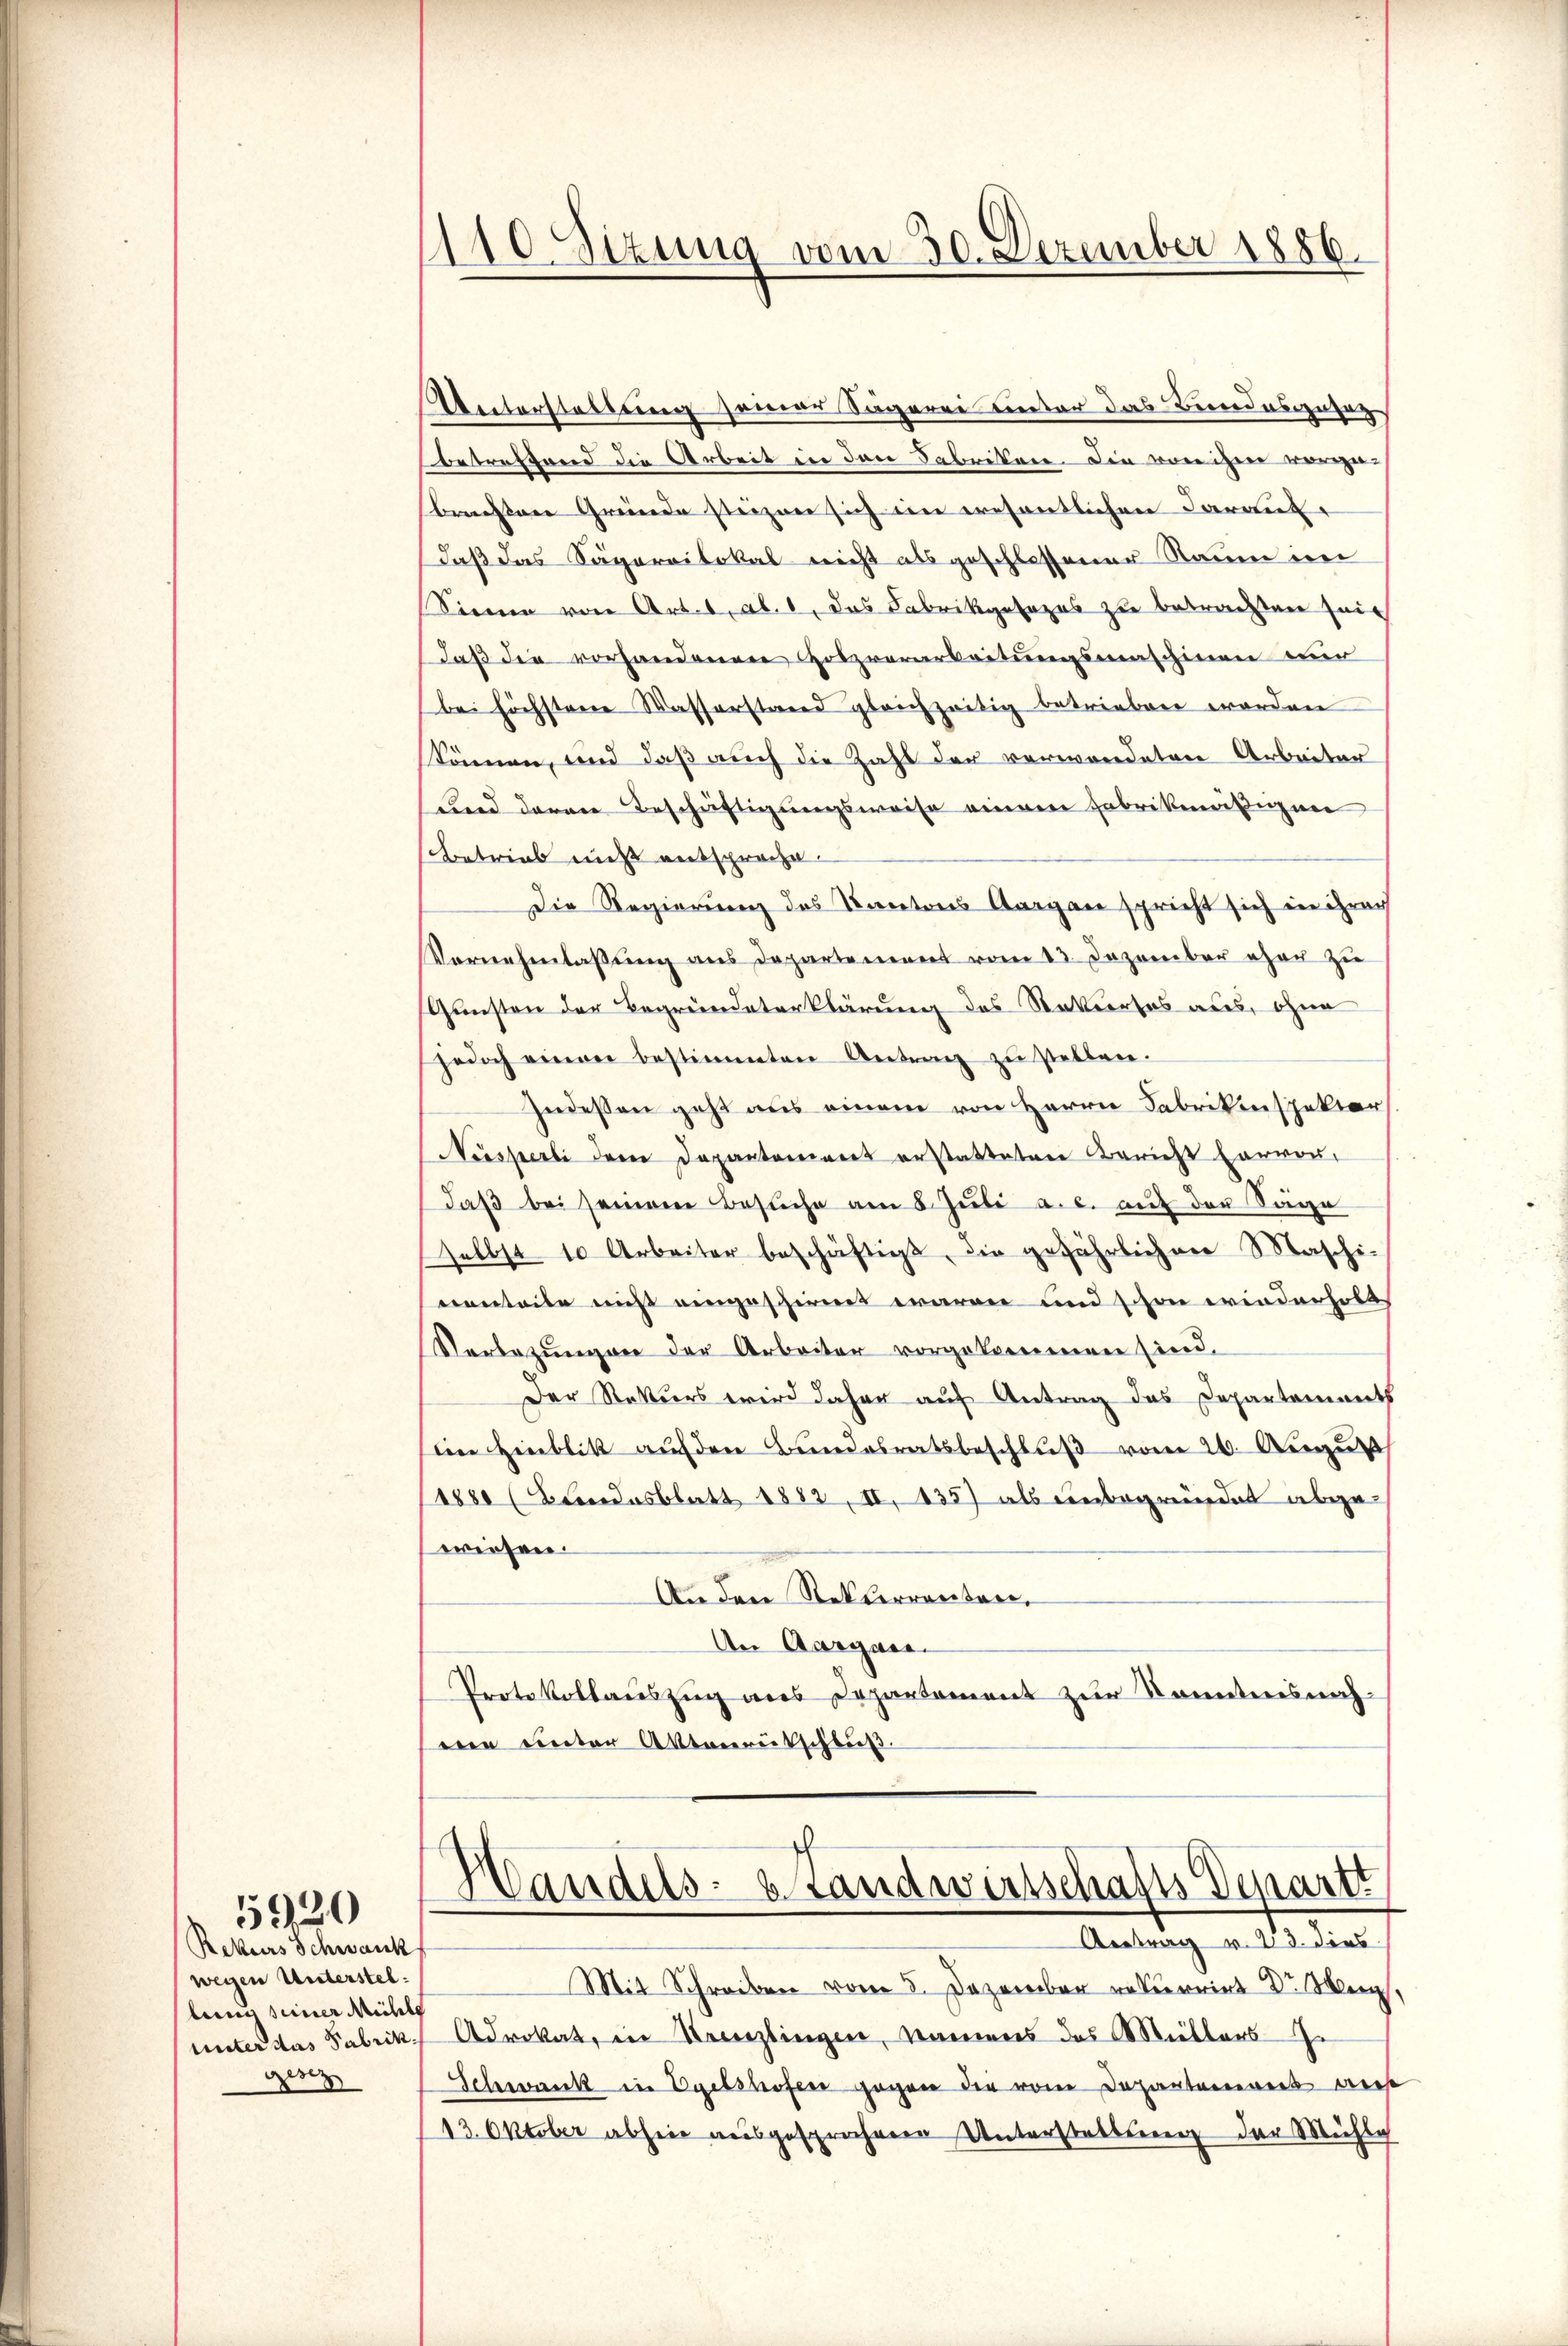
Rekurs Schwank
wegen Unterstel
lung seiner Mühle
unter das Fabrikgesz

5920

110. Sizung vom 30. Dezember 1886.

Unterstellung seiner Sägerei einter das Bundesgeset
betreffend die Arbeit in den Fabriken. Die voreihen vorge-
brachten Gründe steigen sich im wesentlichen Darant-
daß das Sägereitokal nicht als geschlossener Raum im
Sienen von Art. 1, Al. 1, das Fabrikgesezes zu betrachten sein
daß die vorhandenen Holzverarbeitungsmaschinen nur
bei höchstene Wasserstand gleichzeitig betrieben worden
können, und daß auch die Zahl der verwandeten Arbeiter
und deren Beschäftigungsweise einem Fabrikmäßigen
Betrieb nicht entsproche.
Die Regierung des Kantons Aargau spricht sich in ihren
Vernehmlassung aus Departement vom 13. Dezember eher zu
Gunsten der Begründeterklärung des Ratiertes aus, ohne
jedoch einen bestimmten Antrag zu stellen.
Indessen geht aus einem von Herrn Fabrikinspektor
Nesperli dem Departement erstatteten Bericht hervordaß bei seinem Besuche am 8. Juli a. c. auf der Säge
selbst 10 Arbeiter beschäftigt, die gefährlichen Maschi-
nenteile nicht eingeschienet waren und schon erinderholt
Verbezŭngen der Arbeiter vorgekommen sind.
Der Rekurs wird daher auf Antrag das Departements
eim Hinblik aŭf den Bundesratsbeschlŭβ vom 20. Aŭgŭst
(1880 (Bundesblatt 1882, II. 135) als unbegründet abgewiesen.
An den Rekterrenten,
An Aargare
Protokollauszug aus Departement zur Kenntnis nacheen unter Aktverrütschluß.

ch
Handels- 6 Landwirtschafts Departt
Antrag v. 23. dies

Mit Schreiben vom 5. Dezember rekurrirt Dr. M
Advokat, in Kreuzlingen, namens das Mitters
Schwank in Egetshofen gegen der von Departenwert aus
13. Oktober abheit ausgesprochenen Unterstellung der Mühle